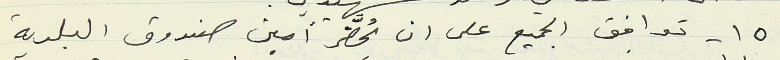
١٥ - توافق الجميع على ان يُحضَّر أمين صندوق البلدية